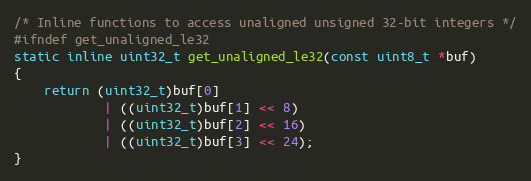
Language: C
/* Inline functions to access unaligned unsigned 32-bit integers */
#ifndef get_unaligned_le32
static inline uint32_t get_unaligned_le32(const uint8_t *buf)
{
    return (uint32_t)buf[0]
            | ((uint32_t)buf[1] << 8)
            | ((uint32_t)buf[2] << 16)
            | ((uint32_t)buf[3] << 24);
}